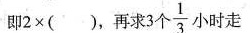
即$$2 \times ( )$$。再求3个\frac{1}{3}小时走